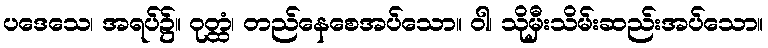
ပဒေသေ၊ အရပ်၌။ ဝုတ္ထံ၊ တည်နေစေအပ်သော။ ဝါ၊ သိုမှီးသိမ်းဆည်းအပ်သော။